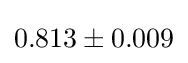
0.813\pm 0.009